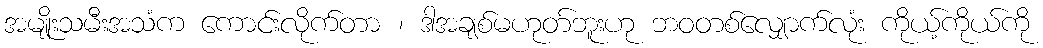
အမျိုးသမီးအသံက ကောင်းလိုက်တာ ၊ ဒါအချစ်မဟုတ်ဘူးဟု ဘဝတစ်လျှောက်လုံး ကိုယ့်ကိုယ်ကို